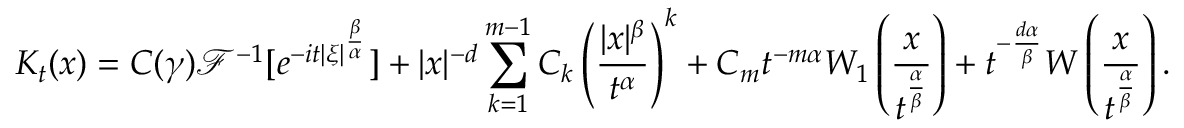
K _ { t } ( x ) = C ( \gamma ) \mathcal { F } ^ { - 1 } [ e ^ { - i t | \xi | ^ { \frac { \beta } { \alpha } } } ] + | x | ^ { - d } \sum _ { k = 1 } ^ { m - 1 } C _ { k } \left( \frac { | x | ^ { \beta } } { t ^ { \alpha } } \right) ^ { k } + C _ { m } t ^ { - m \alpha } W _ { 1 } \left( \frac { x } { t ^ { \frac { \alpha } { \beta } } } \right) + t ^ { - \frac { d \alpha } { \beta } } W \left( \frac { x } { t ^ { \frac { \alpha } { \beta } } } \right) .